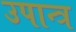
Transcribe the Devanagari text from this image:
उपान्त्र